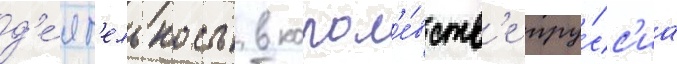
д'е́ят'ельность в корол'е́вств'е пру́сс'иа